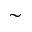
\sim